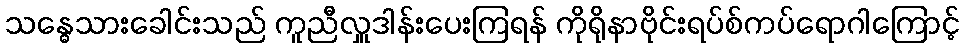
သန္ဓေသားခေါင်းသည် ကူညီလှူဒါန်းပေးကြရန် ကိုရိုနာဗိုင်းရပ်စ်ကပ်ရောဂါကြောင့်